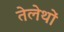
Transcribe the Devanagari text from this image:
तेलेथों